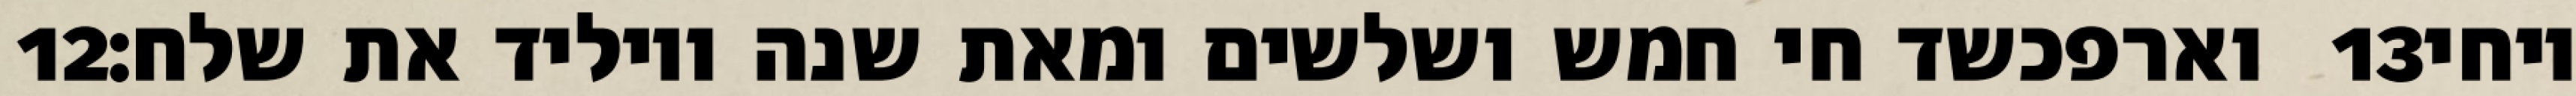
‎12‏ וארפכשד חי חמש ושלשים ומאת שנה ויוליד את שלח׃ ‎13‏ ויחי